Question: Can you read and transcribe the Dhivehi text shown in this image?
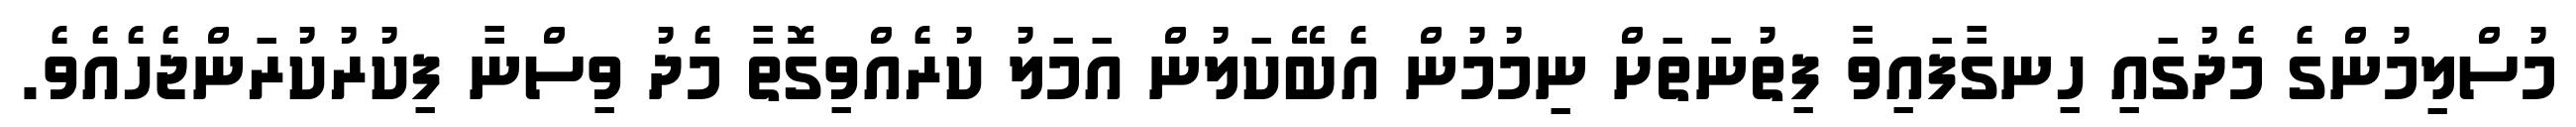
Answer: މުސްލިމުންގެ މެދުގައި ހިނގާފައިވާ ފިތުނަތަށް ނިމުމުން އެބޭކަލުން އަމަލު ކުރެއްވިގޮތާ މެދު ވިސްނާ ފިކުރުކުރަންޖެހެއެވެ.